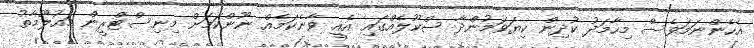
އެހެންނަމަވެސް މިހާމަދު ކުދިން ކިޔަވަމުންދާ ސްކޫލެއްގައި އެއީ ވާނެކަމެއް ނޫންކަމަށް މިނިސްޓްރީން މައުލޫމާތު